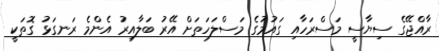
ރާއްޖޭގެ ސިޔާސީ މަސްރަހާއި ގައުމުގެ މަސްލަހަތަށް އޭރު ބަލާއިރު އެންމެ ރަނގަޅު ގޮތަކީ